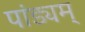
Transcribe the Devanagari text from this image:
पांड्यम्